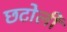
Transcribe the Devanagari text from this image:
छटोली